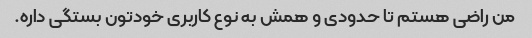
من راضی هستم تا حدودی و همش به نوع کاربری خودتون بستگی داره.